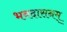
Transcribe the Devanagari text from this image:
भवदासनम्